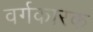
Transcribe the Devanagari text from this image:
वर्गकारक